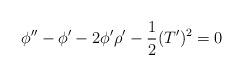
LaTeX: \begin{align*}\phi'' -\phi' -2 \phi'\rho' -\frac{1}{2} (T')^2 =0\end{align*}